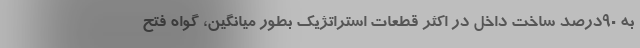
به ۹۰درصد ساخت داخل در اکثر قطعات استراتژیک بطور میانگین، گواه فتح